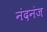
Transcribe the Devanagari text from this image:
नंदनंज